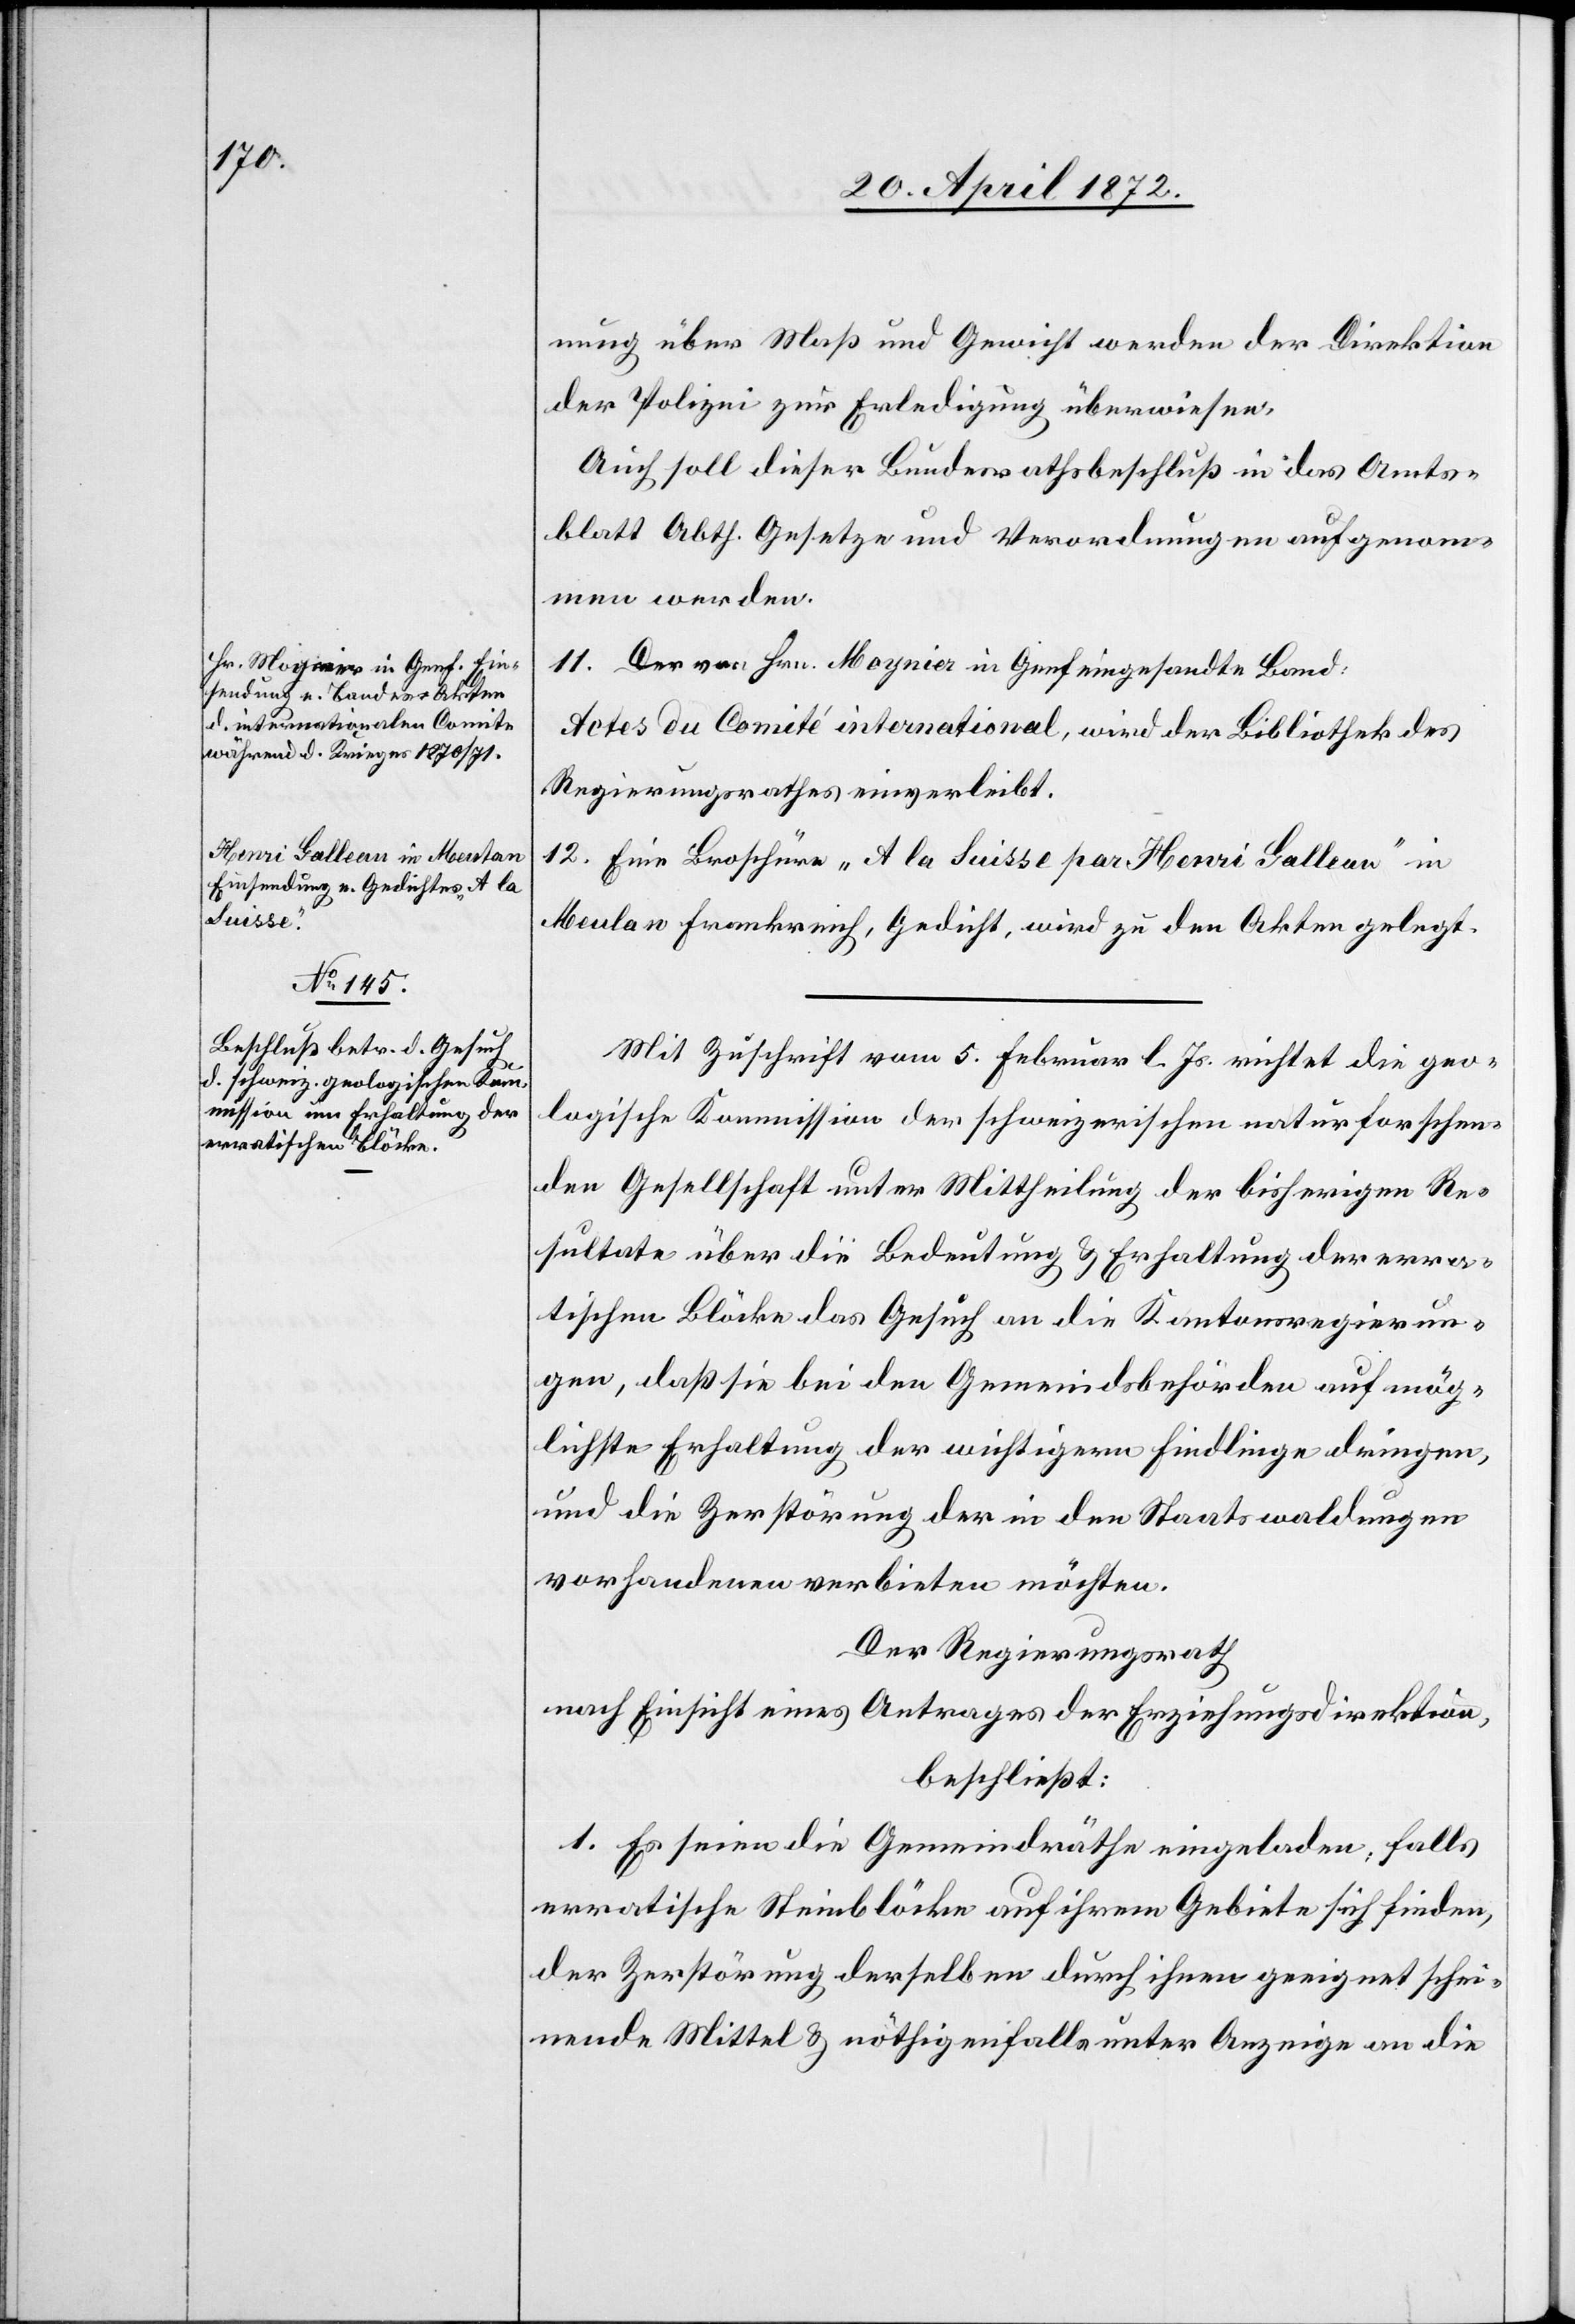
gierun¬

nung über Maß und Gewicht werden der Direktion
der Polizei zur Erledigung überwiesen.
Auch soll dieser Bundesrathsbeschluß in das Amts¬
blatt Abth. Gesetze und Verordnungen aufgenom¬
men werden.
11. Der von Hrn. Moynier in Genf eingesandte Band:
Actes du Comité international, wird der Bibliothek des
Regierungsrathes einverleibt.
12. Eine Broschüre „A la Suisse par Henri Galleau“ in
Meulan Frankreich, Gedicht, wird zu den Akten gelegt.
Mit Zuschrift vom 5. Februar l. Js. richtet die geo¬
logische Kommission der schweizerischen naturforschen¬
den Gesellschaft unter Mittheilung der bisherigen Re¬
sultate über die Bedeutung der erratischen Blö¬
gen, daß sie bei den Gemeindsbehörden auf mög¬
lichste Erhaltung der wichtigern Findlinge dringen,
und die Zerstörung der in den Staatswaldungen
vorhandenen verbieten möchten.
Der Regierungsrath[,]
nach Einsicht eines Antrages der Erziehungsdirektion,
beschließt:
1. Es seien die Gemeindräthe eingeladen, falls
erratische Steinblöcke auf ihrem Gebiete sich finden,
der Zerstörung derselben durch ihnen geeignet schei¬
nende Mittel u. nöthigenfalls unter Anzeige an die